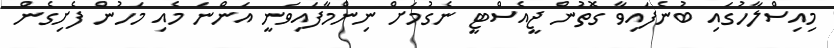
މިއިސްލާހުގައި ބުނެފައިވާ ގޮތުން ޖީއެސްޓީ ނެގުމަށް ނިންމާފައިވަނީ އަންނަ މެއި މަހުން ފެށިގެން